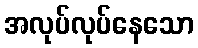
အလုပ်လုပ်နေသော